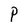
Character: P